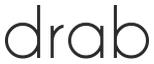
drab